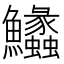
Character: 𩽵